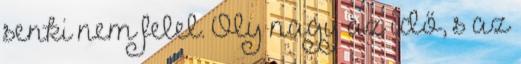
senki nem felel. Oly nagy az idő, s az